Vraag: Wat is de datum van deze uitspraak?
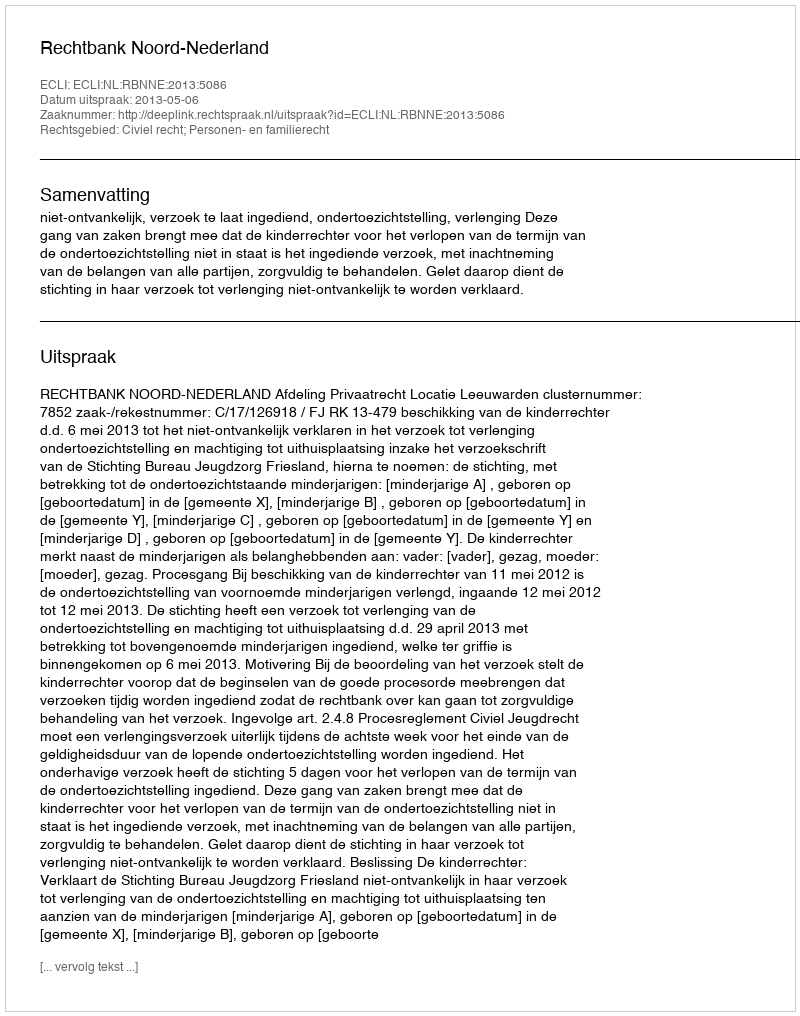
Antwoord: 2013-05-06